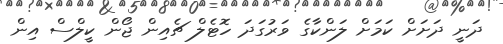
ދަނީ ދަށަށް ކަމަށް ލަންކާގެ ވަރުގަދަ ހޮޓެލް ޗެއިން ޖޯން ކީލްސް އިން